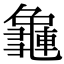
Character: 𪚿